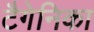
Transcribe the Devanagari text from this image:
टैगेनिका